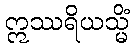
ဣဿရိယသ္မိံ